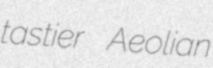
tastier Aeolian